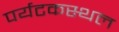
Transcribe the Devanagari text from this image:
पर्यटकस्थल